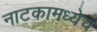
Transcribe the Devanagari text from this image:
नाटकामध्येच